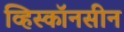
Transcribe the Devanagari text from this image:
व्हिस्कॉनसीन